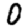
Digit: 0